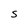
Character: S